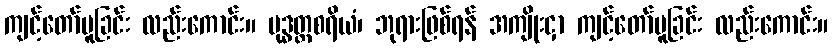
ကျင့်တော်မူခြင်း လည်းကောင်း။ ဗုဒ္ဓတ္ထစရိယံ၊ ဘုရားဖြစ်ရန် အကျိုးငှာ ကျင့်တော်မူခြင်း လည်းကောင်း။